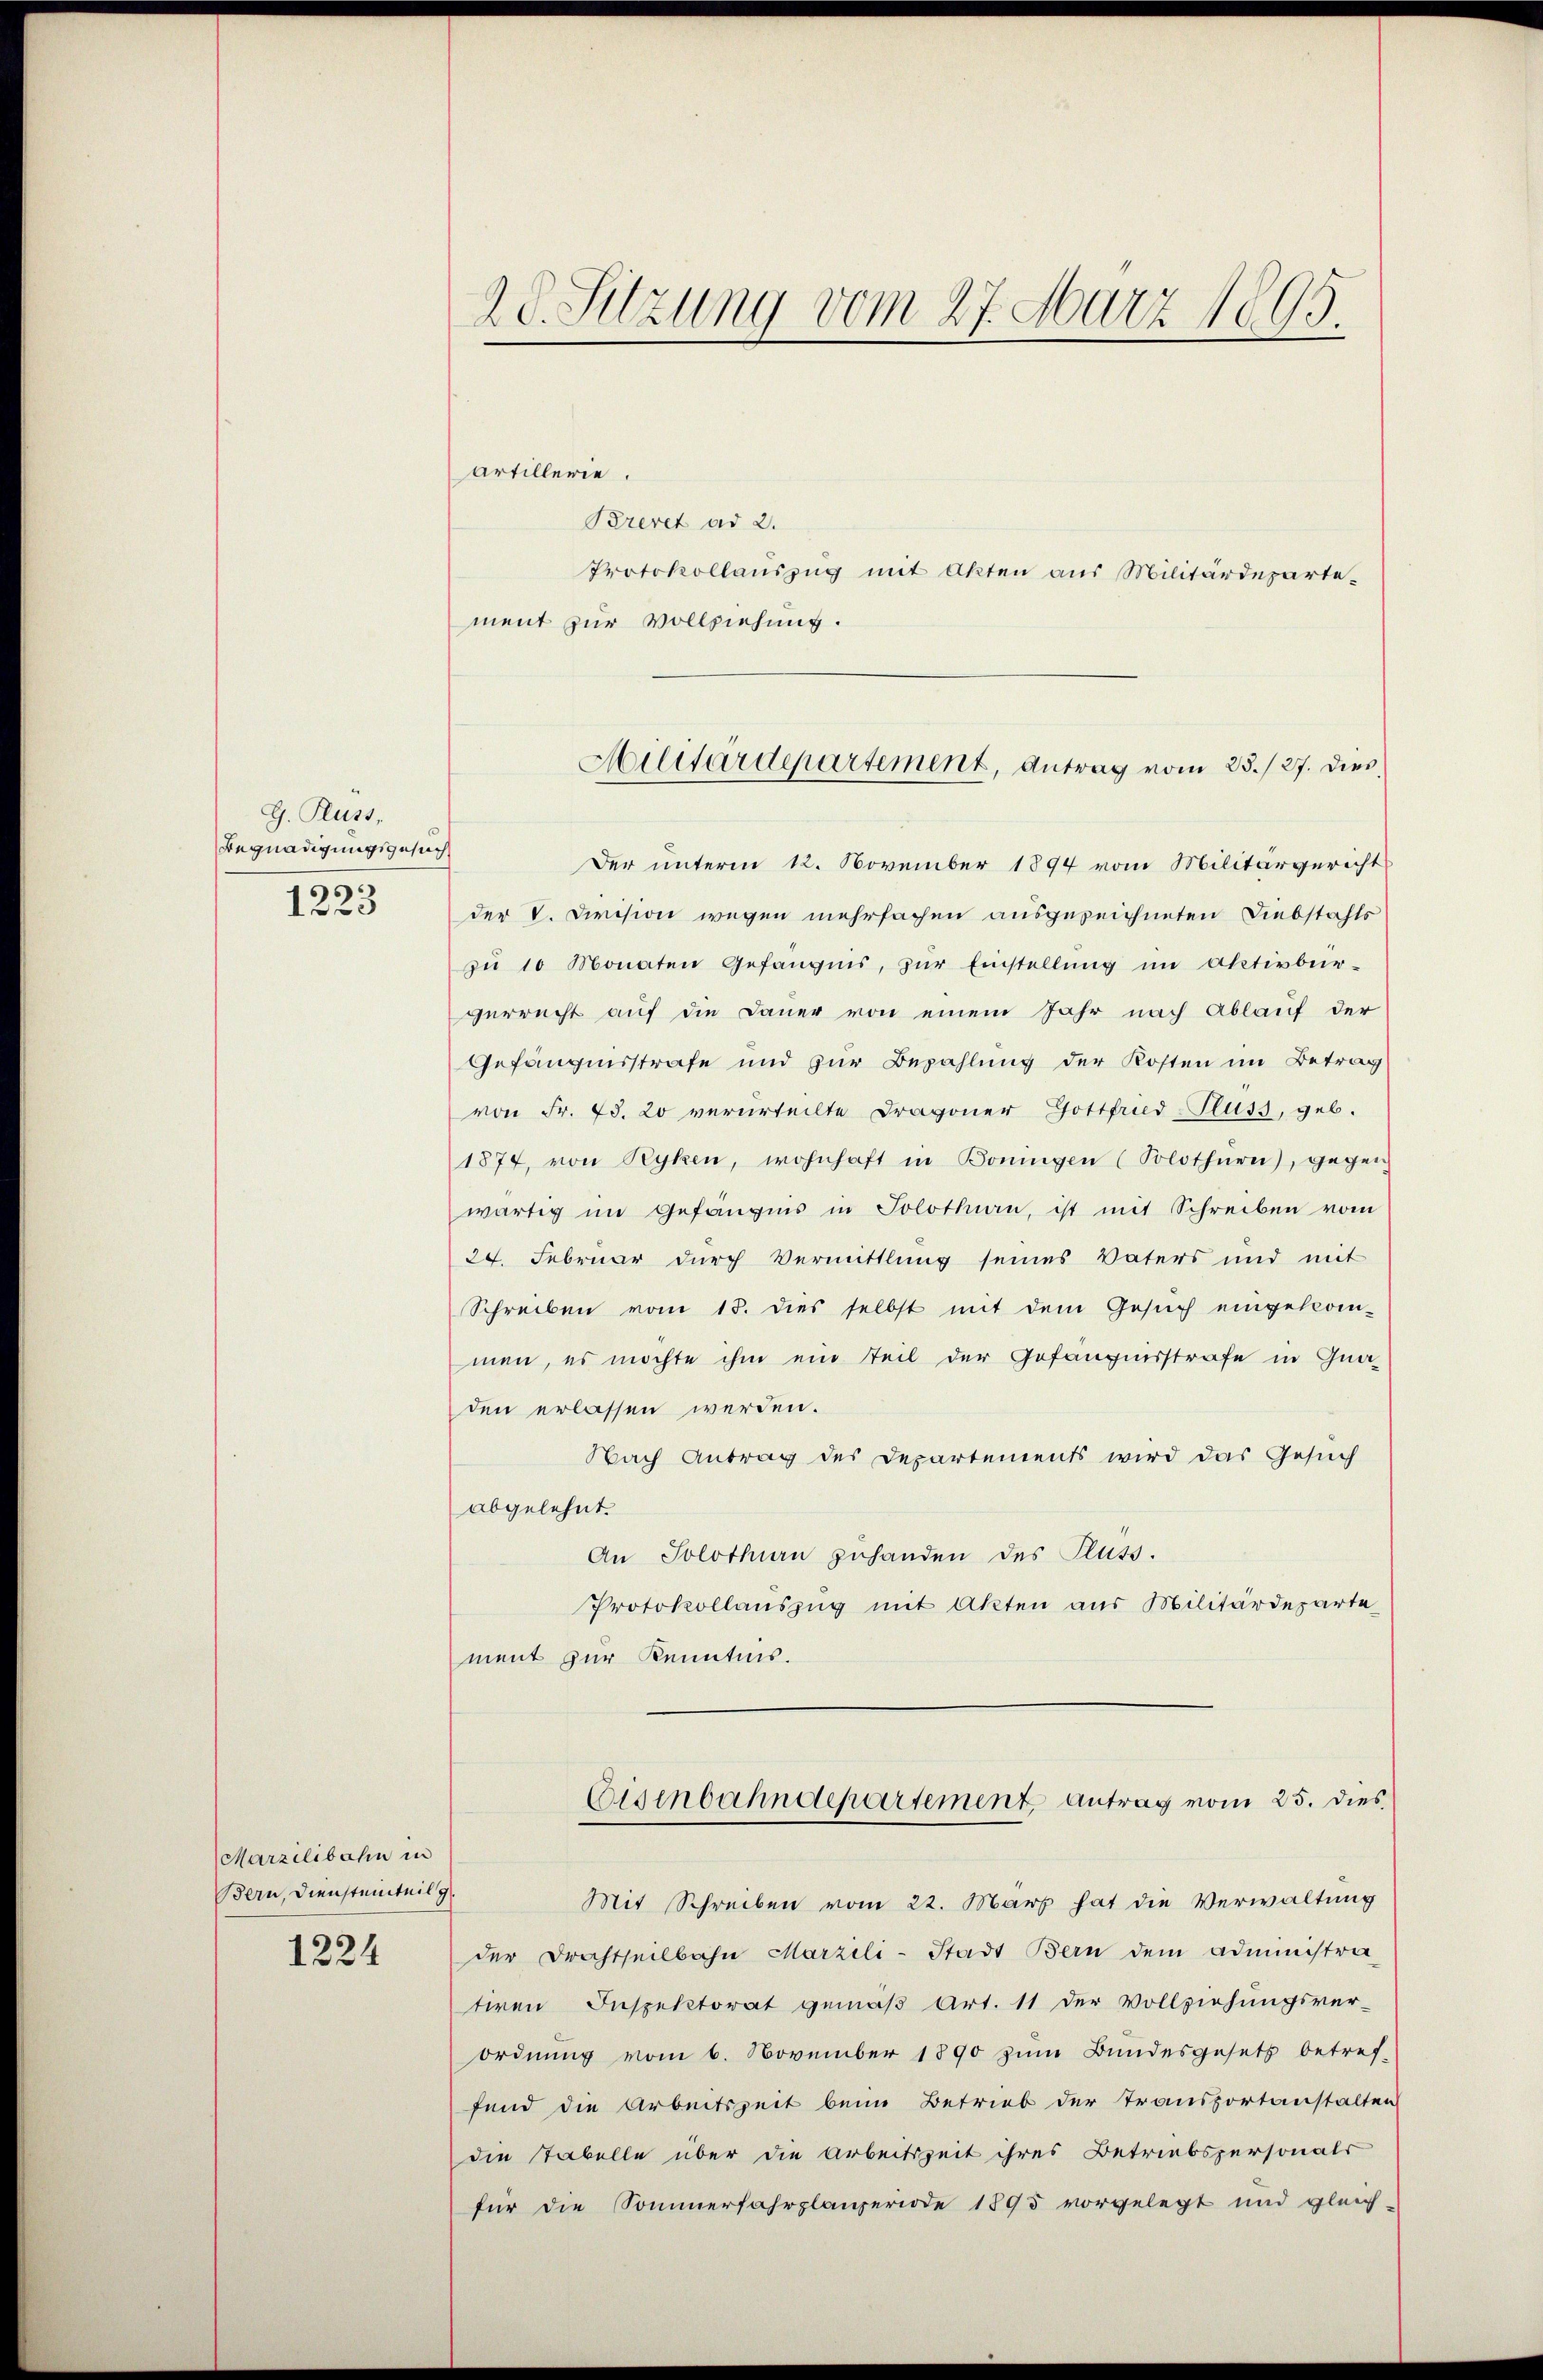
G. Rüss,
Begnadigungsgesuch
1223

Marzilibahn in
Bern, Dienstenteil g

1224

20. Sitzung vom 27. März 1895.

Artillerie.
Brevet ad 2.
Protokollauszug mit Akten aus Militärdepartement zur Vollziehung.
Der unterm 12. November 1894 vom Militärgericht
der V. Division wegen mehrfachen ausgezeichneten Diebstahls
zŭ 10 Monaten Gefängnis, zŭr Einstellŭng im Oktivbür-
verrecht auf die Dauer von einem Jahr nach Ablauf der
Gefängnisstrafe und zur Bezahlung der Kosten im Betrag
von Fr. 73. 20 verurteilte Dragoner Gottfried-Fluss, geb.
1874, von Ryken, wohnhaft in Boningen (Solothurn), gegen
wärtig im Gefängnis in Solothurn, ist mit Schreiben vom
24. Februar durch Vermittlung seines Vaters und mit
Schreiben vom 15. dies selbst mit dem Gesŭch eingekom-
men, es möchte ihm ein Teil der Gefängnisstrafe in Gnaden erlassen werden.
Nach Antrag des Departements wird das Gesuch
abgelehnt.
An Solothurn zuhanden des Fluss.
Protokollauszug mit Akten aus Militärdeparte
ment zur Kenntnis.
Eisenbahndepartement Antrag vom 25. dies
Mit Schreiben vom 22. März hat die Verwaltung
der Brachtheilbahn Marzili-Stadt Bern dem administra
teren Inspektorat gemäß Art. 11 der Vollziehungsver-
ordnung vom 6. November 1890 zum Bundesgesetz betref-
fend die Arbeitszeit beim Betrieb der Transportanstalten
die Tabelle über die Arbeitszeit ihres Betriebspersonals
für die Sommerfahrplanzeriode 1895 vorgelegt und gleich-

Militärdepartement, Antrag vom 28./27. dies